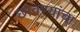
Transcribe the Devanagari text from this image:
छावण्यांचा